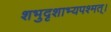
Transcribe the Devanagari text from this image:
शभुदृशाभ्यपश्मत्।